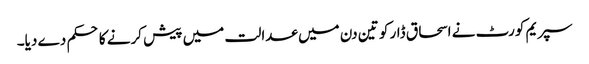
سپریم کورٹ نے اسحاق ڈار کو تین دن میں عدالت میں پیش کرنے کا حکم دے دیا۔